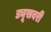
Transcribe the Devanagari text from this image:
ड्यूसबरी